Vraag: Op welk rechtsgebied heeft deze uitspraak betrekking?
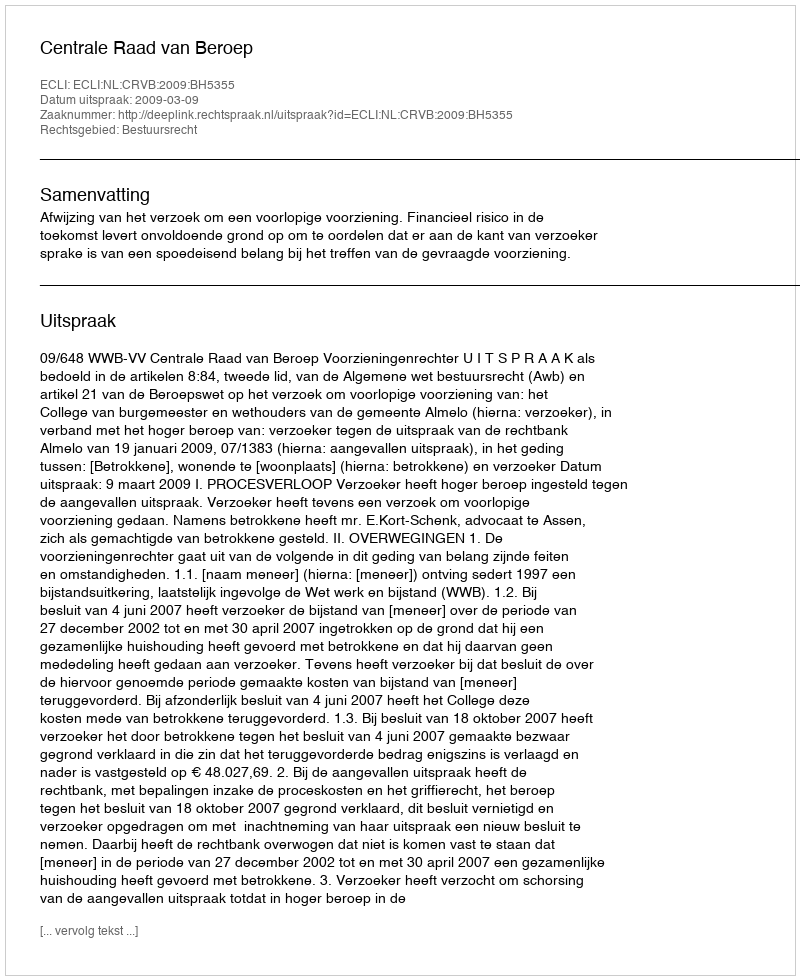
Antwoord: Bestuursrecht